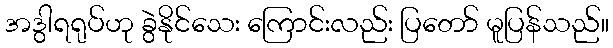
အဒွါရရုပ်ဟု ခွဲနိုင်သေး ကြောင်းလည်း ပြတော် မူပြန်သည်။